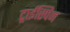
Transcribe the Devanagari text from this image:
ट्राईस्पिन